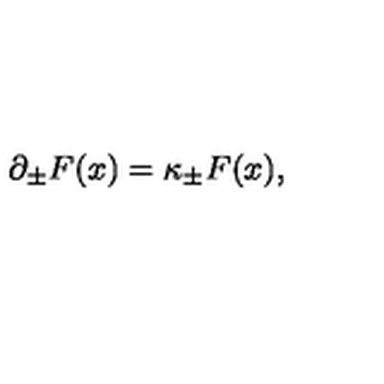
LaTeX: \partial _ { \pm } F ( x ) = \kappa _ { \pm } F ( x ) ,